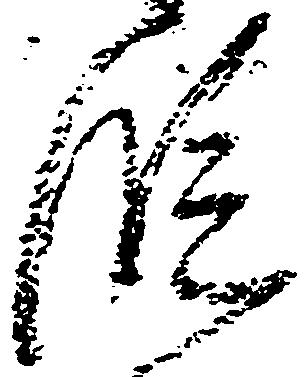
段